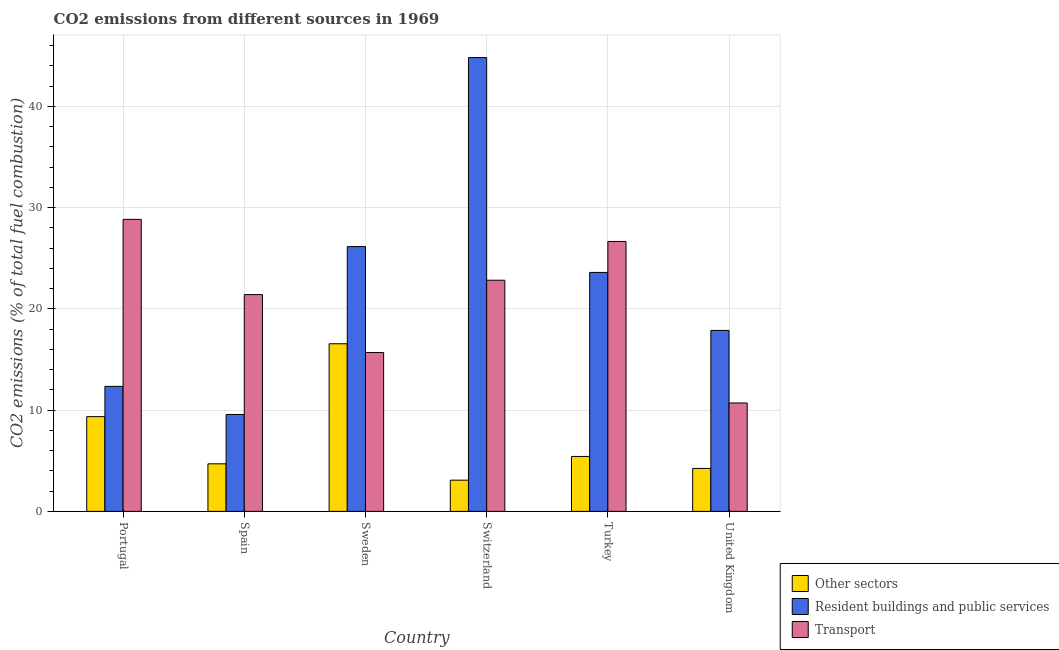
| Country | Other sectors | Resident buildings and public services | Transport |
 | --- | --- | --- | --- |
 | Portugal | 9.35 | 12.3 | 28.8 |
 | Spain | 4.69 | 9.57 | 21.4 |
 | Sweden | 16.5 | 26.1 | 15.7 |
 | Switzerland | 3.08 | 44.8 | 22.8 |
 | Turkey | 5.42 | 23.6 | 26.7 |
 | United Kingdom | 4.24 | 17.9 | 10.7 |